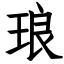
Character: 琅